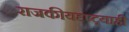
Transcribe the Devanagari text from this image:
राजकीयदृष्ट्याही